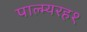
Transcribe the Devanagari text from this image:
पाल्म्यरह१